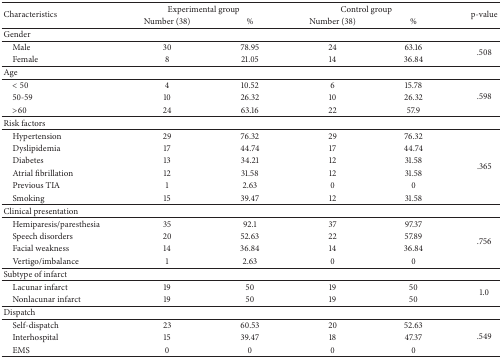
| <ROWSPAN=2> Characteristics | <COLSPAN=2> Experimental group | <COLSPAN=2> Control group | <ROWSPAN=2> p-value |
 | Number (38) | % | Number (38) | % |
 | --- | --- | --- | --- | --- | --- |
 | Gender | <COLSPAN=5>  |
 | Male | 30 | 78.95 | 24 | 63.16 | <ROWSPAN=2> .508 |
 | Female | 8 | 21.05 | 14 | 36.84 |
 | Age | <COLSPAN=5>  |
 | < 50 | 4 | 10.52 | 6 | 15.78 | <ROWSPAN=3> .598 |
 | 50-59 | 10 | 26.32 | 10 | 26.32 |
 | >60 | 24 | 63.16 | 22 | 57.9 |
 | Risk factors | <COLSPAN=5>  |
 | Hypertension | 29 | 76.32 | 29 | 76.32 | <ROWSPAN=6> .365 |
 | Dyslipidemia | 17 | 44.74 | 17 | 44.74 |
 | Diabetes | 13 | 34.21 | 12 | 31.58 |
 | Atrial fibrillation | 12 | 31.58 | 12 | 31.58 |
 | Previous TIA | 1 | 2.63 | 0 | 0 |
 | Smoking | 15 | 39.47 | 12 | 31.58 |
 | Clinical presentation | <COLSPAN=5>  |
 | Hemiparesis/paresthesia | 35 | 92.1 | 37 | 97.37 | <ROWSPAN=4> .756 |
 | Speech disorders | 20 | 52.63 | 22 | 57.89 |
 | Facial weakness | 14 | 36.84 | 14 | 36.84 |
 | Vertigo/imbalance | 1 | 2.63 | 0 | 0 |
 | Subtype of infarct | <COLSPAN=5>  |
 | Lacunar infarct | 19 | 50 | 19 | 50 | <ROWSPAN=2> 1.0 |
 | Nonlacunar infarct | 19 | 50 | 19 | 50 |
 | Dispatch | <COLSPAN=5>  |
 | Self-dispatch | 23 | 60.53 | 20 | 52.63 | <ROWSPAN=3> .549 |
 | Interhospital | 15 | 39.47 | 18 | 47.37 |
 | EMS | 0 | 0 | 0 | 0 |